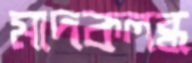
মাদকলব্ধ